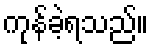
ကုန်ခဲ့ရသည်။